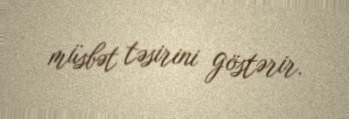
müsbət təsirini göstərir.